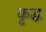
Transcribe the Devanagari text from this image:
कृद्ध